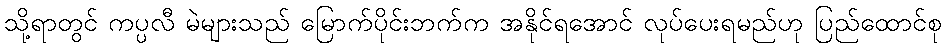
သို့ရာတွင် ကပ္ပလီ မဲများသည် မြောက်ပိုင်းဘက်က အနိုင်ရအောင် လုပ်ပေးရမည်ဟု ပြည်ထောင်စု